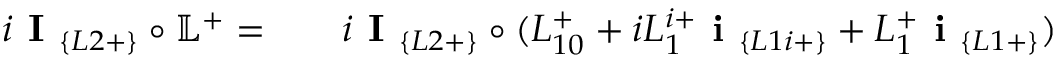
\begin{array} { r l r } { i \textbf { I } _ { \{ L 2 + \} } \circ \mathbb { L } ^ { + } = } & { { } } & { i \textbf { I } _ { \{ L 2 + \} } \circ ( L _ { 1 0 } ^ { + } + i L _ { 1 } ^ { i + } \textbf { i } _ { \{ L 1 i + \} } + L _ { 1 } ^ { + } \textbf { i } _ { \{ L 1 + \} } ) } \end{array}